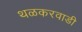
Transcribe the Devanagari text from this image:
थळकरवाडी